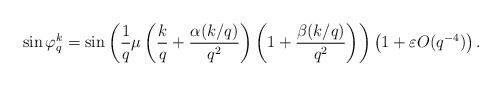
LaTeX: \begin{align*} \sin \varphi_q^k &= \sin \left ( \frac{1}{q} \mu \left (\frac{k}{q}+ \frac{\alpha(k/q)}{q^2} \right )\left (1+ \frac{\beta(k/q)}{q^2} \right ) \right ) \left(1+ \varepsilon O(q^{-4}) \right).\end{align*}